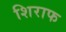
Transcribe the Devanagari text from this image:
शिराफ